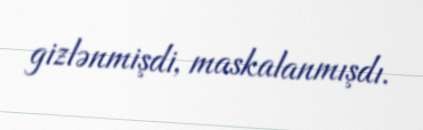
gizlənmişdi, maskalanmışdı.